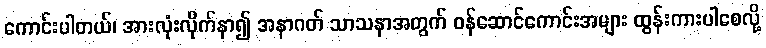
ကောင်းပါတယ်၊ အားလုံးလိုက်နာ၍ အနာဂတ် သာသနာအတွက် ဝန်ဆောင်ကောင်းအများ ထွန်းကားပါစေလို့